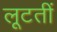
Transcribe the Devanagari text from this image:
लूटतीं